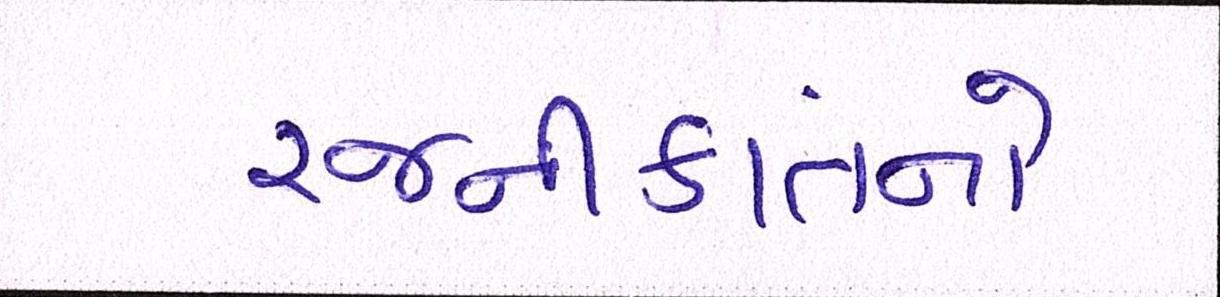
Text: રજનીકાંતનો